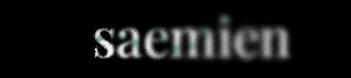
saemien